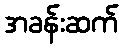
အခန်းဆက်